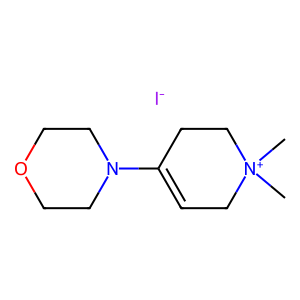
SMILES: C[N+]1(C)CC=C(N2CCOCC2)CC1.[I-]
Inhibits HIV replication: No